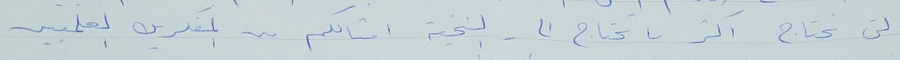
التى تحتاج اكثر ما تحتاج الى النخبه امثالكم من المفكرين العلميين